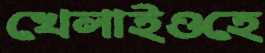
খেলাইওহে